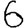
Digit: 6